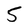
Character: 5